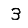
Digit: 3